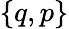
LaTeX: \{ q,p\}